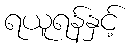
ရယူရန်နှင့်